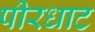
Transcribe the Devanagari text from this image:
पीरधाट